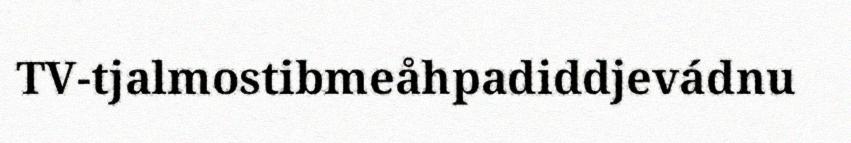
TV-tjalmostibmeåhpadiddjevádnu